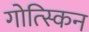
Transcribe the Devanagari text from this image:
गोत्स्किन